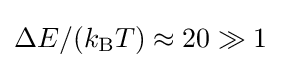
\Delta E/(k_{\rm {B}}T)\approx 20\gg 1